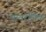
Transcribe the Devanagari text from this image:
पावरलिंक